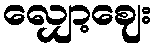
လျှော့ဈေး